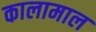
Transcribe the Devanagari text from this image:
कालामाल